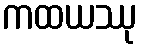
ကထယဿု